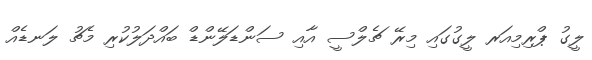
ލީގު ޕްރިމިއަރ ލީގުގައި މިރޭ ޗެލްސީ އާއި ސަންޑަލޭންޑް ބައްދަލުކުރި މެޗު ލަނޑެއް